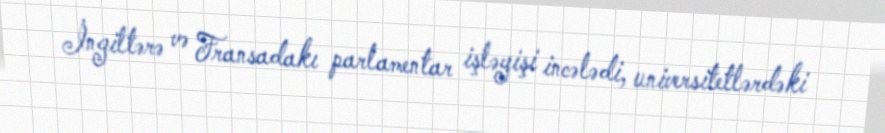
İngiltərə və Fransadakı parlamentar işləyişi incələdi, universitetlərdəki